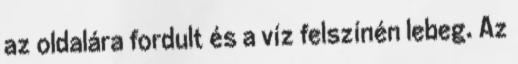
az oldalára fordult és a víz felszínén lebeg. Az